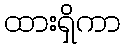
ထားရှိကာ